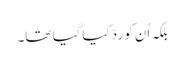
بلکہ اُن کو ردّ کیا گیا تھا۔